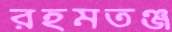
রহমতঞ্জ